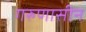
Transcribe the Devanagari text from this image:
गरुणासीन